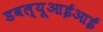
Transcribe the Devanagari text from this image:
डबल्यूआईआई